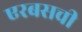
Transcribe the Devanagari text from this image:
एरबसची